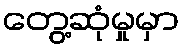
တွေ့ဆုံမှုမှာ